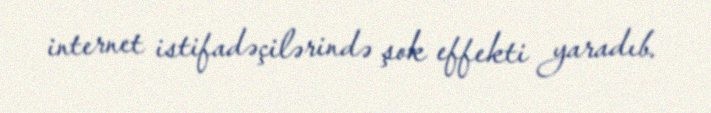
internet istifadəçilərində şok effekti yaradıb.